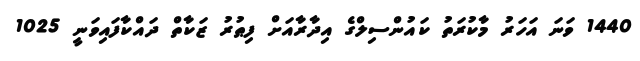
1440 ވަނަ އަހަރު މާކުރަތު ކައުންސިލްގެ އިދާރާއަށް ފިޠުރު ޒަކާތް ދައްކާފައިވަނީ 1025